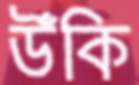
উঁকি